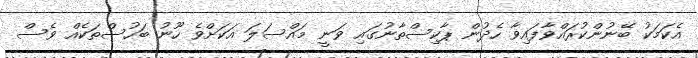
އެކަމަކު ބޭނުންކުރައްވާފައިވާ ހެދުން ޕާކިސްތާނުގައި ވަނީ މައްސަލަ އަކަށްވެ ހޫނު ބަހުސްތަކެއް ވެސް